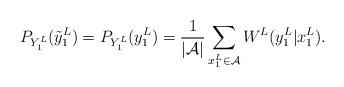
LaTeX: \begin{align*}P_{Y_1^L}(\tilde{y}_1^L) = P_{Y_1^L}(y_1^L) = \frac{1}{|\mathcal{A}|} \sum_{x_1^L \in \mathcal{A}} W^L(y_1^L |x_1^L) .\end{align*}